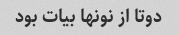
دوتا از نونها بیات بود